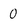
Character: 0